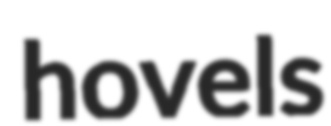
hovels